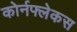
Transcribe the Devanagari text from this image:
कोर्नफ्लेकस